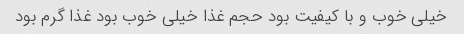
خیلی خوب و با کیفیت بود حجم غذا خیلی خوب بود غذا گرم بود